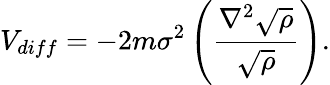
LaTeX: V_{diff}=-2m\sigma^{2}\left(\frac{\nabla^{2}\sqrt{\rho}}{\sqrt{\rho}}\right).